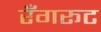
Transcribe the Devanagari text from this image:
रँगरूट